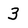
Character: 3